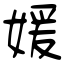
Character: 媛